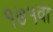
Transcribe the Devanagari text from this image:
१७५वा